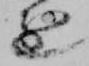
進